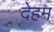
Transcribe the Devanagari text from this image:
देहम